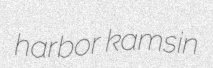
harbor kamsin